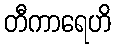
တီကာရေဟိ